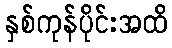
နှစ်ကုန်ပိုင်းအထိ